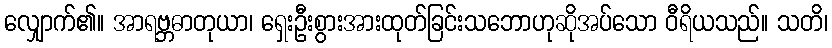
လျှောက်၏။ အာရဗ္ဘဓာတုယာ၊ ရှေးဦးစွားအားထုတ်ခြင်းသဘောဟုဆိုအပ်သော ဝီရိယသည်။ သတိ၊